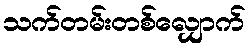
သက်တမ်းတစ်လျှောက်